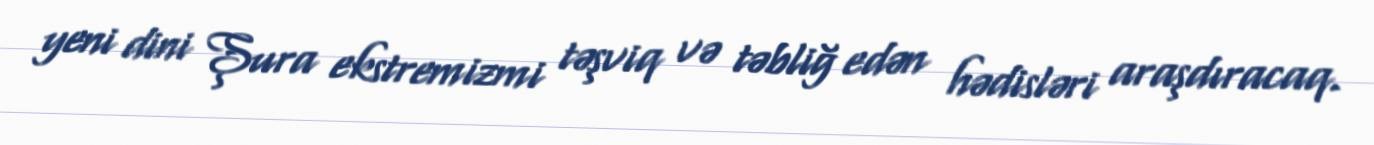
yeni dini Şura ekstremizmi təşviq və təbliğ edən hədisləri araşdıracaq.